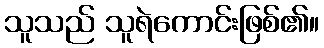
သူသည် သူရဲကောင်းဖြစ်၏။